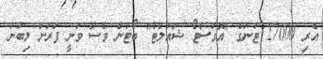
އެރި 27000 ޓަނުގެ "އޮގަސްޓޯ ޝައުލްޓް" ބޯޓުން ވެސް ވަނީ ފަރަށް ލިބުނު